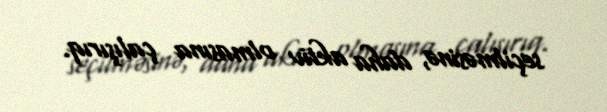
seçilməsinə, daha aktiv olmasına çalışırıq.